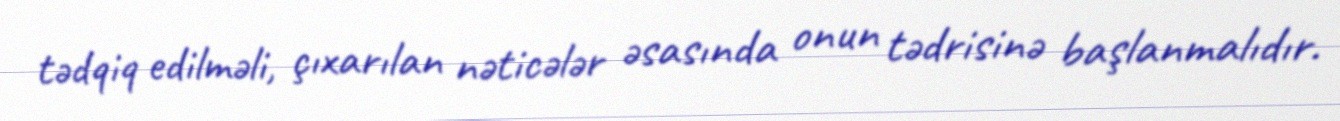
tədqiq edilməli, çıxarılan nəticələr əsasında onun tədrisinə başlanmalıdır.